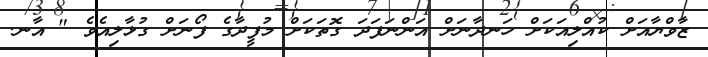
ޒާވްޔާއަށް ކުއްލިއަކަށް ހަނދާނަށް އަންނަފަދަ ގޮތަކަށް މުފީދާގެ ފޯނަށް ގުޅާލިއެވެ " އާނ.